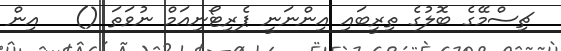
ޗިސްމޭގެ ބޮލުގެ ތިރީބައި އިންނަނީ ޕެރިޓޯނިއަމް ނުވަތަ ()   އިން